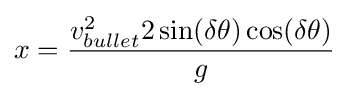
x={\frac {v_{bullet}^{2}2\sin(\delta \theta )\cos(\delta \theta )}{g}}